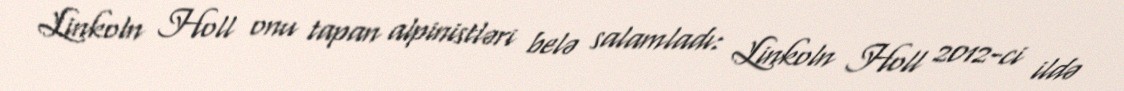
Linkoln Holl onu tapan alpinistləri belə salamladı: Linkoln Holl 2012-ci ildə